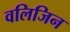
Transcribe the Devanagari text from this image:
वलिजिन